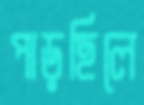
পাড়ছিলে